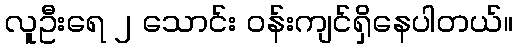
လူဦးရေ ၂ သောင်း ဝန်းကျင်ရှိနေပါတယ်။